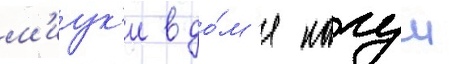
м'иук'и в до́м'е кагуи